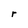
Character: r